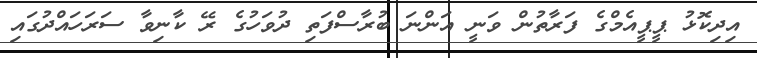
އިދިކޮޅު ޕީޕީއެމްގެ ފަރާތުން ވަނީ އަންނަ ބުރާސްފަތި ދުވަހުގެ ރޭ ކާނިވާ ސަރަހައްދުގައި